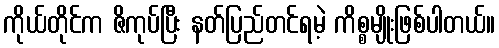
ကိုယ်တိုင်က ဇိကုပ်ပြီး နတ်ပြည်တင်ရမဲ့ ကိစ္စမျိုးဖြစ်ပါတယ်။